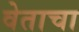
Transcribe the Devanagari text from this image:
वेताचा